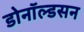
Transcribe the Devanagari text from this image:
डोनॉल्डसन